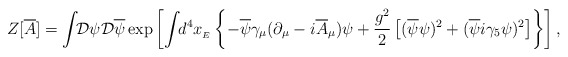
\begin{align*}Z[{\overline{A}}]=\int\!\!{\mathcal{D}}\psi{\mathcal{D}}{\overline\psi}\exp\left[\int\!\!d^{4}x_{_{E}}\left\{-{\overline\psi}\gamma_{\mu}(\partial_{\mu}-i{\overline{A}}_{\mu})\psi+{g^{2}\over2}\left[({\overline\psi}\psi)^{2}+({\overline\psi}i\gamma_{5}\psi)^{2}\right]\right\}\right],\end{align*}